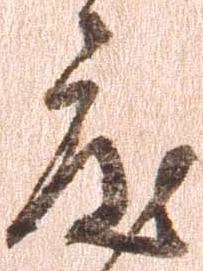
度